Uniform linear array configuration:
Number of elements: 8
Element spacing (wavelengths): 0.5
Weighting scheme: uniform
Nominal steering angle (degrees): -15
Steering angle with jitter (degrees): -14.64
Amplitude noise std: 0.05
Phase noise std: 0.05

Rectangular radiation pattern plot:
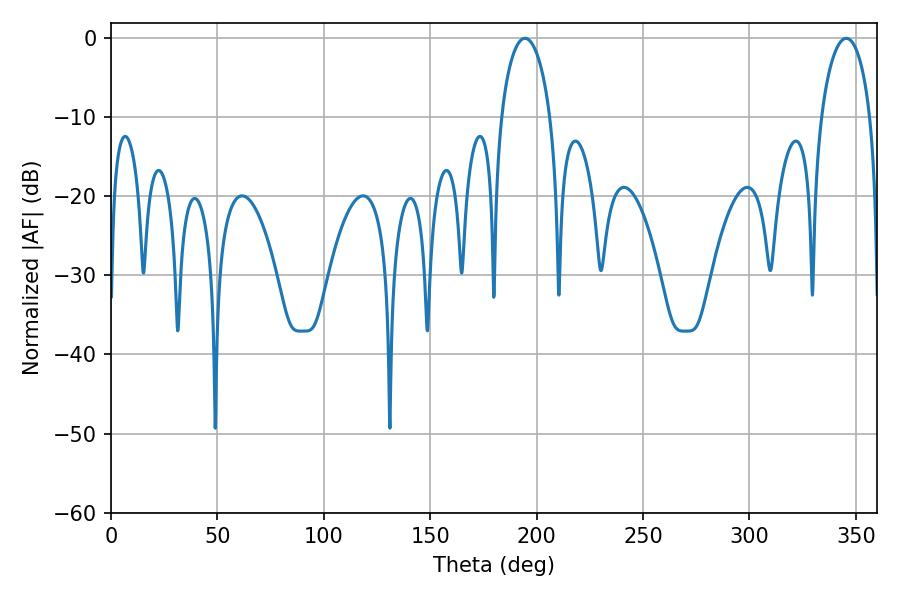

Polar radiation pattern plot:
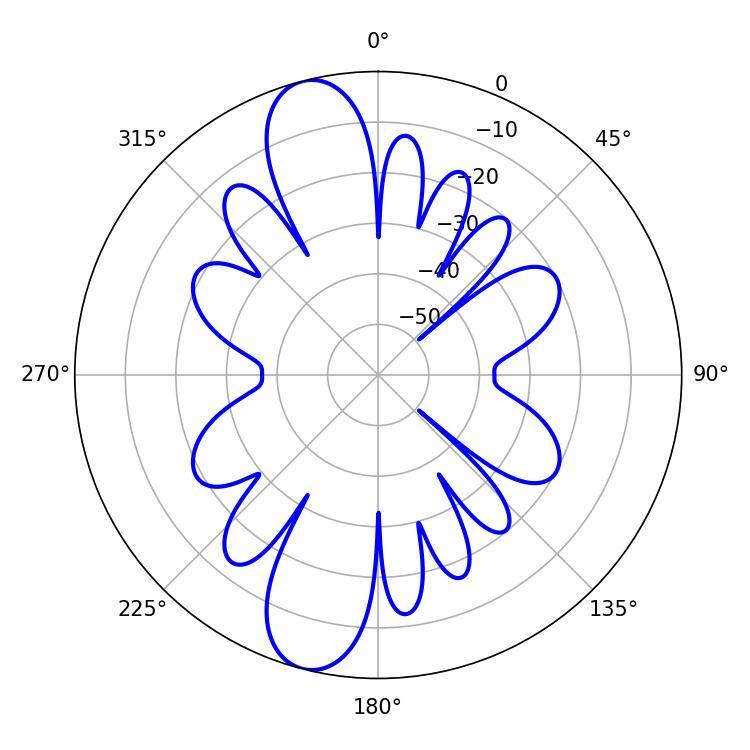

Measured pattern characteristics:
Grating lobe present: FALSE
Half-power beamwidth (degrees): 13.32
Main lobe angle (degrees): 194.58